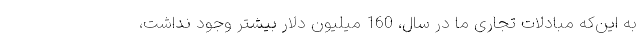
به این‌که مبادلات تجاری ما در سال، 160 میلیون دلار بیشتر وجود نداشت،